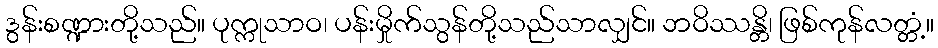
ဒွန်းစဏ္ဍားတို့သည်။ ပုက္ကုသာဝ၊ ပန်းမှိုက်သွန်တို့သည်သာလျှင်။ ဘဝိဿန္တိ၊ ဖြစ်ကုန်လတ္တံ့။